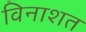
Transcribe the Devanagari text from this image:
विनाशत